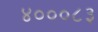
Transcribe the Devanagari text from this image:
४०००८३